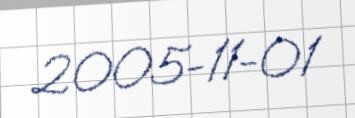
2005-11-01